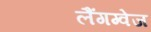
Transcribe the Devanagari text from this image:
लैंगग्वेज